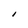
Character: I